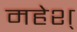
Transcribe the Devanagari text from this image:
महेश्